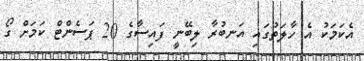
އެކަމަކު އެ ހާލަތުގައި އަނބުރާ ލިބޭނީ ފައިސާގެ 20 ޕަސެންޓް ކަމަށް ގޯ